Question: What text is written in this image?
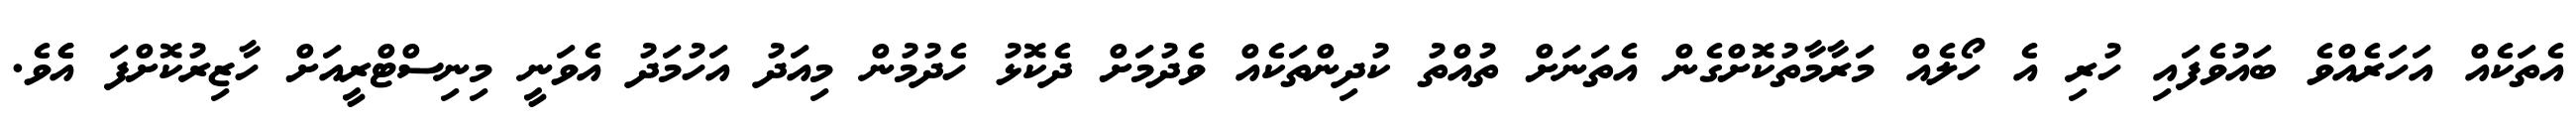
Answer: އެތަކެއް އަހަރެއްވެ ބައުވެފައި ހުރި އެ ހޯލެއް މަރާމާތުކޮށްގެން އެތަނަށް ތުއްތު ކުދިންތަކެއް ވެދުމަށް ދެކޮޅު ހެދުމުން މިއަދު އަހުމަދު އެވަނީ މިނިސްޓްރީއަށް ހާޒިރުކޮށްފަ އެެވެ.